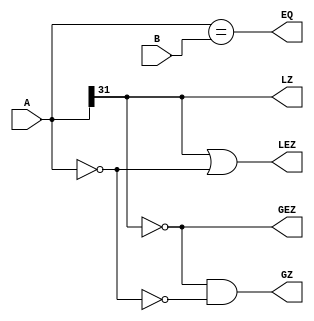
`timescale 1ns / 1ps
/*
 * Project      : University of Utah, XUM Project MIPS5000 core
 * Creator(s)   : Grant Ayers (ayers@cs.utah.edu)
 *
 * Modification History:
 *   Rev   Date         Initials  Description of Change
 *   1.0   15-Jun-2011  GEA       Initial design.
 *
 * Standards/Formatting:
 *   Verilog 2001, 4 soft tab, wide column.
 *
 * Description:
 *   Compares two 32-bit values and outputs the following information about them:
 *      EQ  : A and B are equal
 *      GZ  : A is greater than zero
 *      LZ  : A is less than zero
 *      GEZ : A is greater than or equal to zero
 *      LEZ : A is less than or equal to zero
 */
module Compare(
    input  [31:0] A,
    input  [31:0] B,
    output EQ,
    output GZ,
    output LZ,
    output GEZ,
    output LEZ
    );

    wire   ZeroA = (A == 32'b0);

    assign EQ  = ( A == B);
    assign GZ  = (~A[31] & ~ZeroA);
    assign LZ  =   A[31];
    assign GEZ =  ~A[31];
    assign LEZ = ( A[31] |  ZeroA);

endmodule